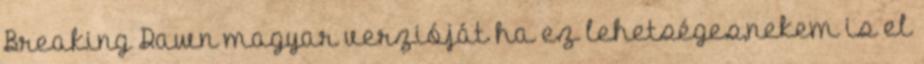
Breaking Dawn magyar verzióját ha ez lehetséges,nekem is el